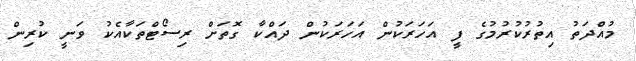
މުއްދަތު އިތުރުކުރުމުގެ ފީ އަހަރަކުން އަހަރަކުން ދައްކާ ގޮތަށް ރިސޯޓްތަކާއެކު ވަނީ ކުރިން